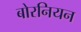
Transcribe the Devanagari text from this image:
बोरनियन